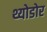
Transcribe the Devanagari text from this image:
थ्योडोर